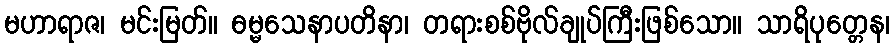
မဟာရာဇ၊ မင်းမြတ်။ ဓမ္မသေနာပတိနာ၊ တရားစစ်ဗိုလ်ချုပ်ကြီးဖြစ်သော။ သာရိပုတ္တေန၊